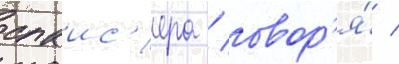
спаис'ера / говор'я́ /